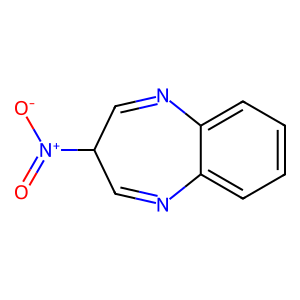
SMILES: O=[N+]([O-])C1C=Nc2ccccc2N=C1
Inhibits HIV replication: No